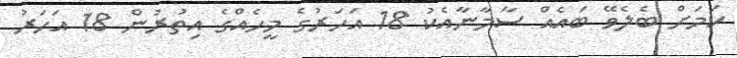
ކަމަށް ބެލެވޭ ބައެއް ސާމާނާއެކު 18 އަހަރުގެ މީހެއްގެ އިތުރުން 18 އަހަރު